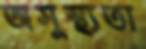
অসুস্থ্যতা